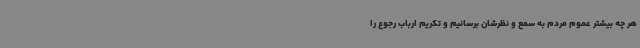
هر چه بیشتر عموم مردم به سمع و نظرشان برسانیم و تکریم ارباب رجوع را